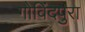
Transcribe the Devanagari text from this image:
गोविंदपुरा